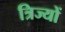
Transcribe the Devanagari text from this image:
त्रिज्यों